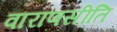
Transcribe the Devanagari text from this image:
वाराणसीति